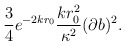
\begin{align*}\frac{3}{4} e^{-2 k r_0} \frac{k r_0^2}{\kappa^2} (\partial b)^2 .\end{align*}